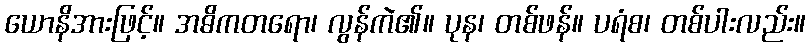
ယောနိအားဖြင့်။ အဓိကတရော၊ လွန်ကဲ၏။ ပုန၊ တစ်ဖန်။ ပရံစ၊ တစ်ပါးလည်း။